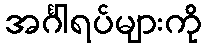
အင်္ဂါရပ်များကို